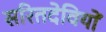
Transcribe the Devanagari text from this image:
सरितदेवियों